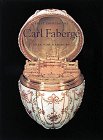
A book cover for First Impressions: Carl Faberge; Geza Von Habsburg; Teen & Young Adult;